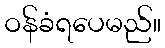
ဝန်ခံရပေမည်။